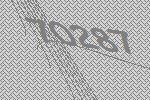
70287